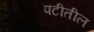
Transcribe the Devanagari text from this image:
पटीतील